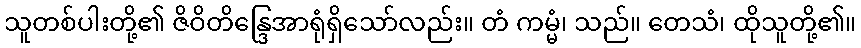
သူတစ်ပါးတို့၏ ဇိဝိတိန္ဒြေအာရုံရှိသော်လည်း။ တံ ကမ္မံ၊ သည်။ တေသံ၊ ထိုသူတို့၏။